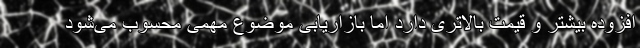
افزوده بیشتر و قیمت بالاتری دارد اما بازاریابی موضوع مهمی محسوب می‌شود